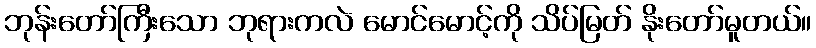
ဘုန်းတော်ကြီးသော ဘုရားကလဲ မောင်မောင့်ကို သိပ်မြတ် နိုးတော်မူတယ်။